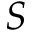
S